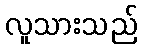
လူသားသည်